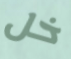
خل